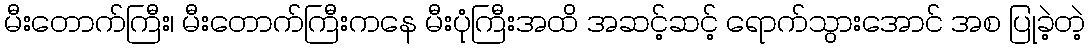
မီးတောက်ကြီး၊ မီးတောက်ကြီးကနေ မီးပုံကြီးအထိ အဆင့်ဆင့် ရောက်သွားအောင် အစ ပြုခဲ့တဲ့